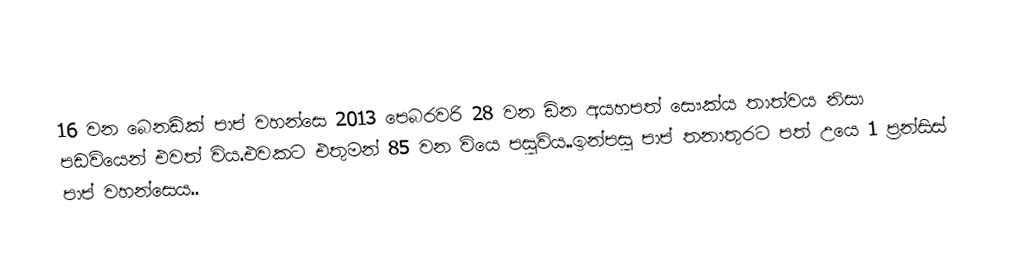
16 වන බෙනඩික් පාප් වහන්සෙ 2013 පෙබරවරි 28 වන ඩින අයහපත් සෞක්ය තාත්වය නිසා පඩවියෙන් එවත් විය.එවකට එතුමන් 85 වන වියෙ පසුවිය..ඉන්පසු පාප් තනාතුරට පත් උයෙ 1 ප්‍රන්සිස් පාප් වහන්සෙය..